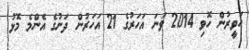
ހަވީރުން ހޮވި 2014 ވަނަ އަހަރުގެ 21 އަހަރުން ދަށުގެ އެންމެ މޮޅު